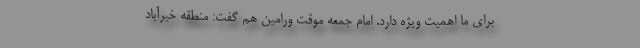
برای ما اهمیت ویژه دارد. امام جمعه موقت ورامین هم گفت: منطقه خیرآباد